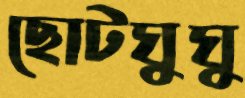
ছোটঘুঘু